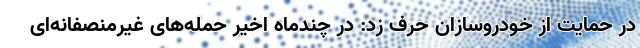
در حمایت از خودروسازان حرف زد: در چندماه اخیر حمله‌های غیرمنصفانه‌ای